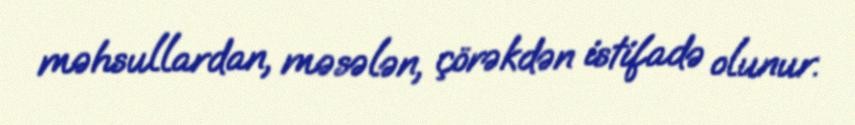
məhsullardan, məsələn, çörəkdən istifadə olunur.